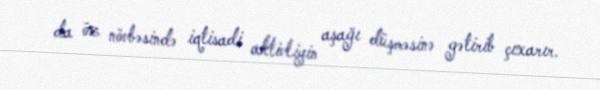
da öz növbəsində iqtisadi aktivliyin aşağı düşməsinə gətirib çıxarır.